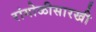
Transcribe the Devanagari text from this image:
रांगोळीसारखी